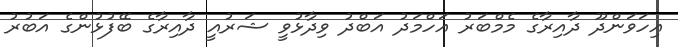
އިހަވަންދޫ ދާއިރާގެ މެމްބަރު އަހްމަދު އަބްދު ވިދާޅުވީ ޝަރުއީ ދާއިރާގެ ބޭފުޅުންގެ އަބުރު